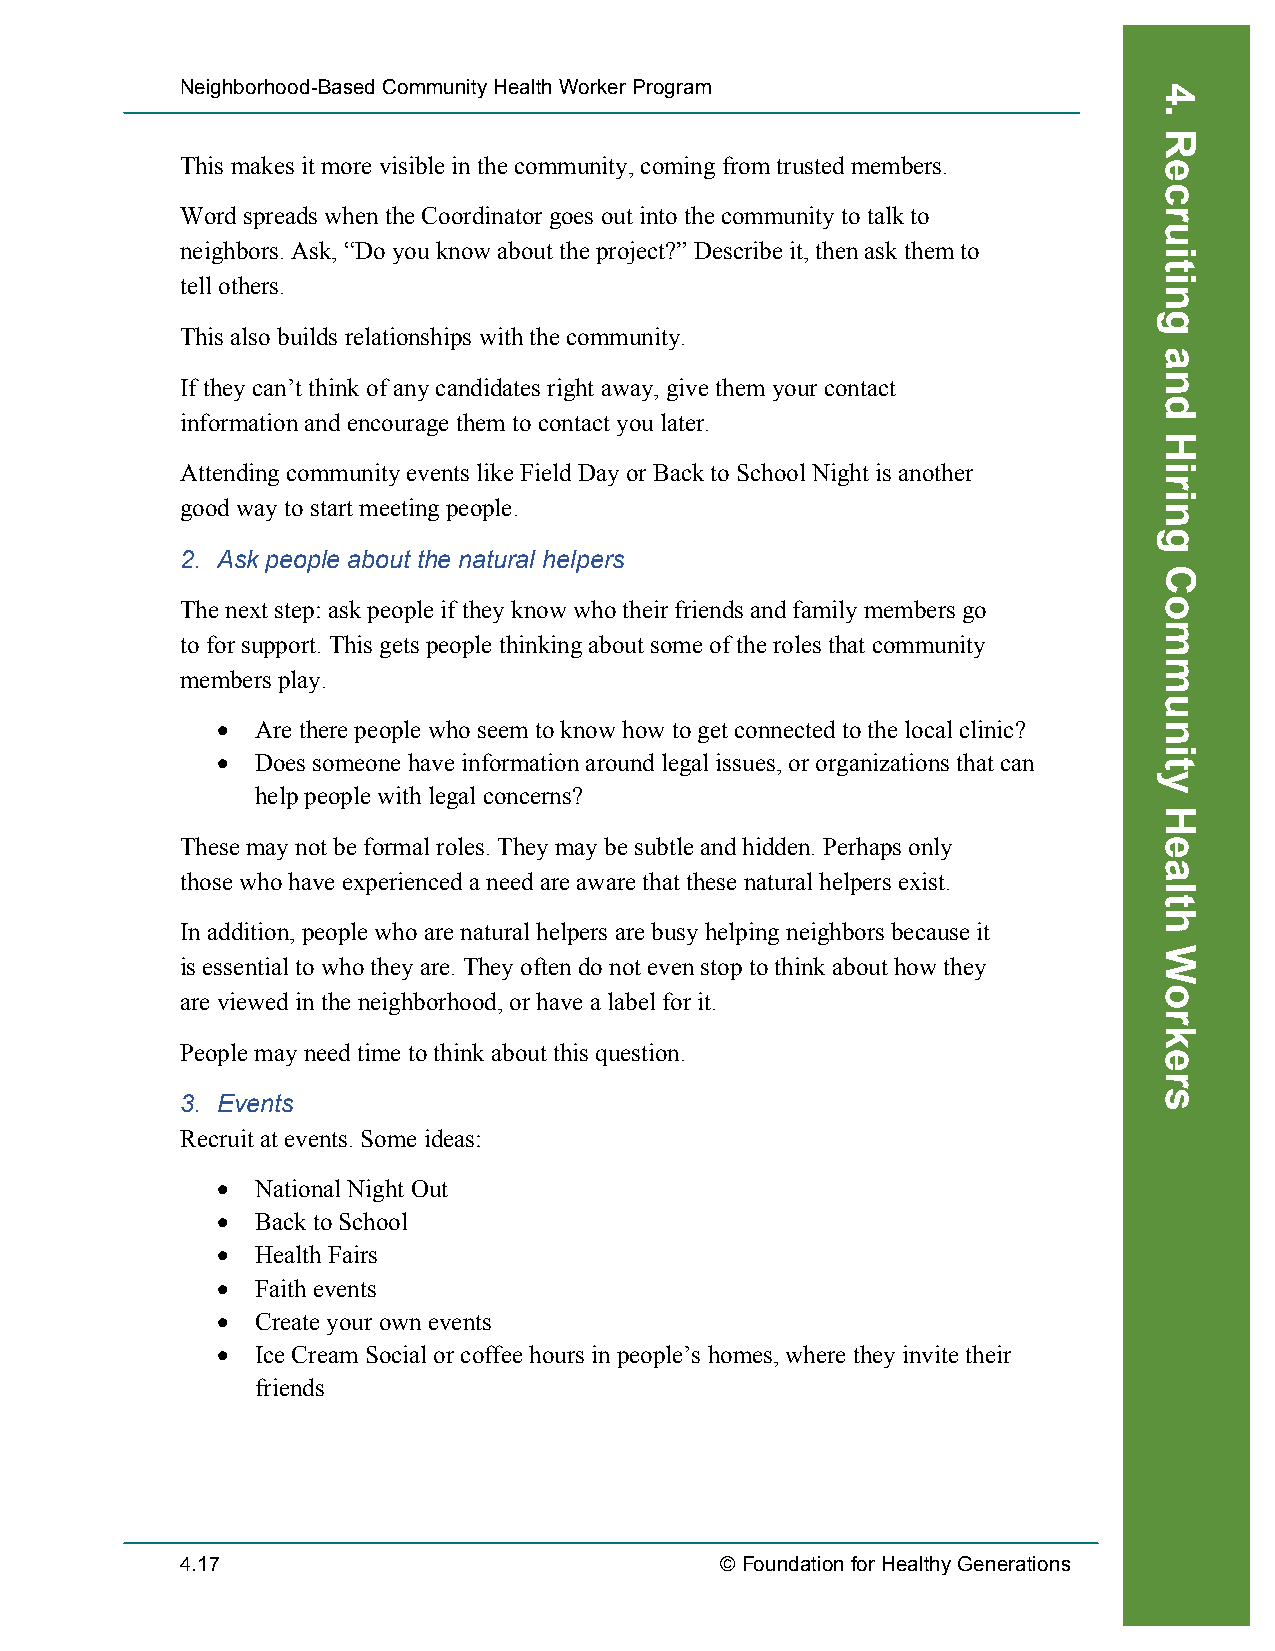
Neighborhood-Based Community Health Worker Program
 This makes it more visible in the community, coming from trusted members.
 Word spreads when the Coordinator goes out into the community to talk to
 neighbors. Ask, “Do you know about the project?” Describe it, then ask them to
 tell others.
 This also builds relationships with the community.
 If they can’t think of any candidates right away, give them your contact
 information and encourage them to contact you later.
 Attending community events like Field Day or Back to School Night is another
 good way to start meeting people.
 2. Ask people about the natural helpers
 The next step: ask people if they know who their friends and family members go
 to for support. This gets people thinking about some of the roles that community
 members play.
 •  Are there people who seem to know how to get connected to the local clinic?
 •  Does someone have information around legal issues, or organizations that can
 help people with legal concerns?
 These may not be formal roles. They may be subtle and hidden. Perhaps only
 those who have experienced a need are aware that these natural helpers exist.
 In addition, people who are natural helpers are busy helping neighbors because it
 is essential to who they are. They often do not even stop to think about how they
 are viewed in the neighborhood, or have a label for it.
 People may need time to think about this question.
 3. Events
 Recruit at events. Some ideas:
 •  National Night Out
 •  Back to School
 •  Health Fairs
 •  Faith events
 •  Create your own events
 •  Ice Cream Social or coffee hours in people’s homes, where they invite their
 friends
 4.17                                © Foundation for Healthy Generations
 Recruiting
 4.
 Recruiting
 and
 Hiring
 Community
 Health
 Workers